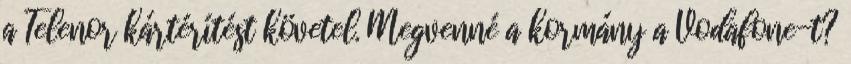
a Telenor kártérítést követel. Megvenné a kormány a Vodafone-t?